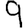
Digit: 9